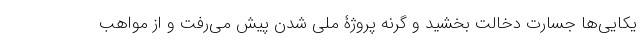
یکایی‌ها جسارت دخالت بخشید و گرنه پروژۀ ملی شدن پیش می‌رفت و از مواهب